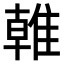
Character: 𨿨